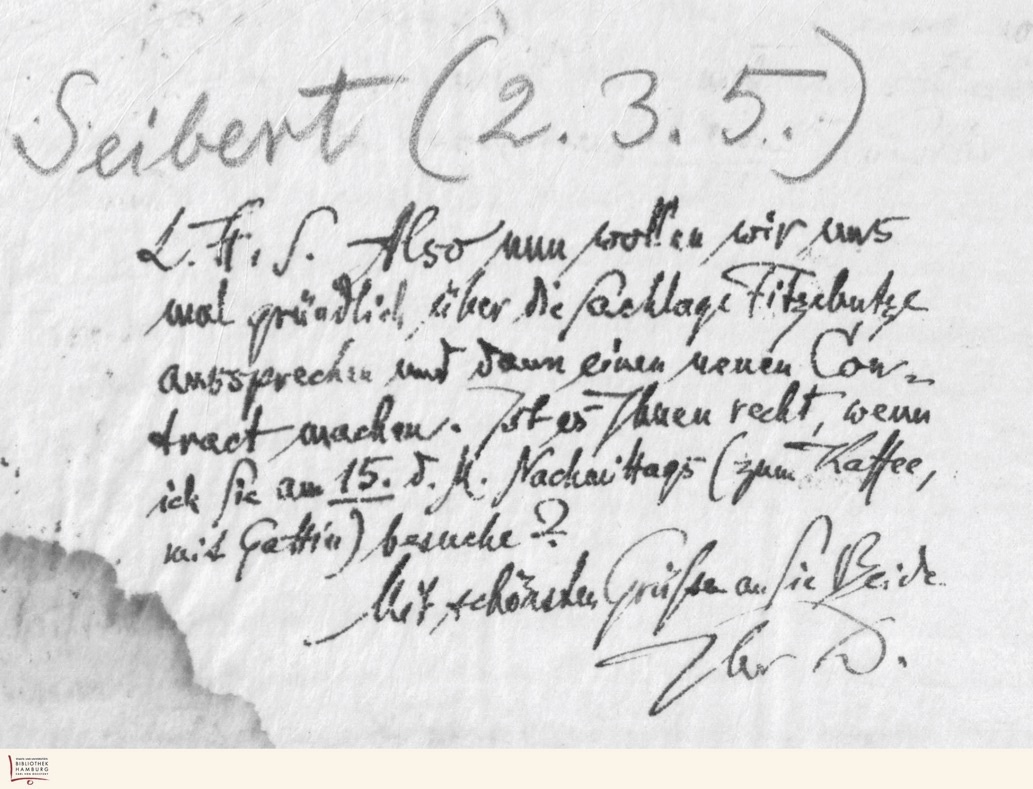
Seibert (2.3.5.)
L.H.S. Also nun wollen wir uns
mal gründlich über die Sachlage Fitzebutze
aussprechen und dann einen neuen Con-
tract machen. Ist es Ihnen reecht, wenn
ich Sie am 15. d. M. Nachmittags (zum Kaffee, mit Gattin) besuche?
Mit schönsten Grüßen an Sie Beide
Ihr D.